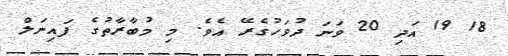
18 19 އަދި 20 ވަނަ ދުވަހުގެރޭ އެވެ. މި މުބާރާތުގެ ފައިނަލް